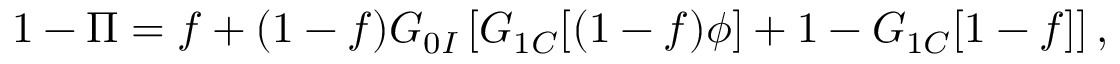
\begin{array} { r } { 1 - \Pi = f + ( 1 - f ) G _ { 0 I } \left[ G _ { 1 C } [ ( 1 - f ) \phi ] + 1 - G _ { 1 C } [ 1 - f ] \right] , } \end{array}